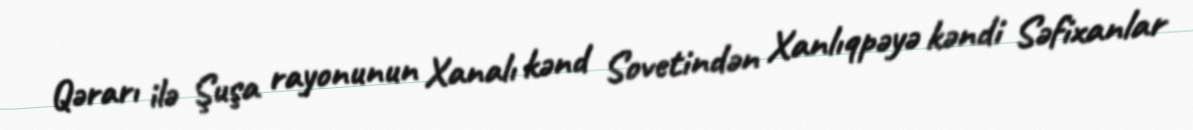
Qərarı ilə Şuşa rayonunun Xanalı kənd Sovetindən Xanlıqpəyə kəndi Səfixanlar